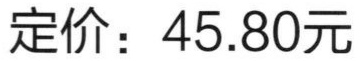
定价：45.80元